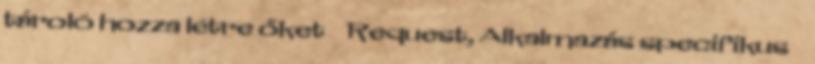
tároló hozza létre őket  Request, Alkalmazás specifikus 